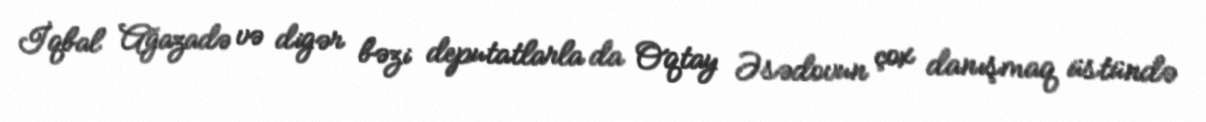
İqbal Ağazadə və digər bəzi deputatlarla da Oqtay Əsədovun çox danışmaq üstündə